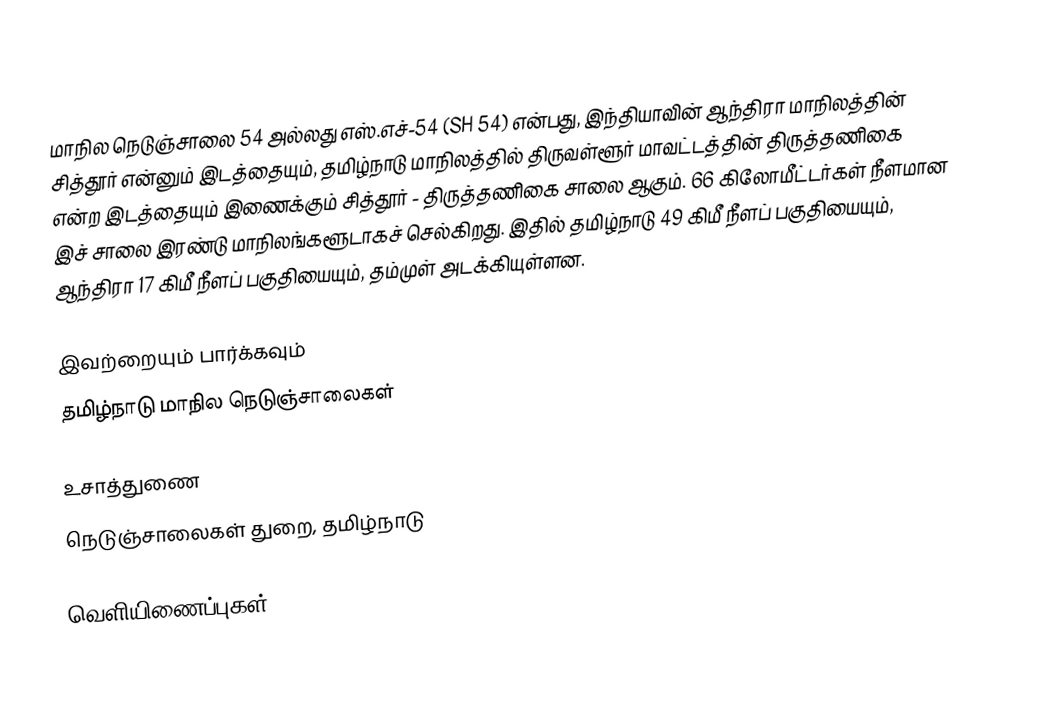
மாநில நெடுஞ்சாலை 54 அல்லது எஸ்.எச்-54 (SH 54) என்பது, இந்தியாவின் ஆந்திரா மாநிலத்தின் சித்தூர் என்னும் இடத்தையும், தமிழ்நாடு மாநிலத்தில்  திருவள்ளூர் மாவட்டத்தின் திருத்தணிகை என்ற இடத்தையும் இணைக்கும் சித்தூர் - திருத்தணிகை சாலை ஆகும். 66 கிலோமீட்டர்கள் நீளமான இச் சாலை இரண்டு மாநிலங்களூடாகச் செல்கிறது. இதில் தமிழ்நாடு 49 கிமீ நீளப் பகுதியையும், ஆந்திரா 17 கிமீ நீளப் பகுதியையும், தம்முள் அடக்கியுள்ளன.

இவற்றையும் பார்க்கவும்
 தமிழ்நாடு மாநில நெடுஞ்சாலைகள்

உசாத்துணை
 நெடுஞ்சாலைகள் துறை, தமிழ்நாடு

வெளியிணைப்புகள்